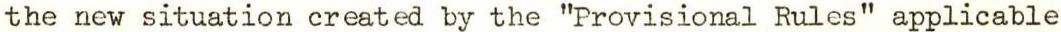
the new situation created by the "Provisional Rules" applicable